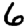
Digit: 6